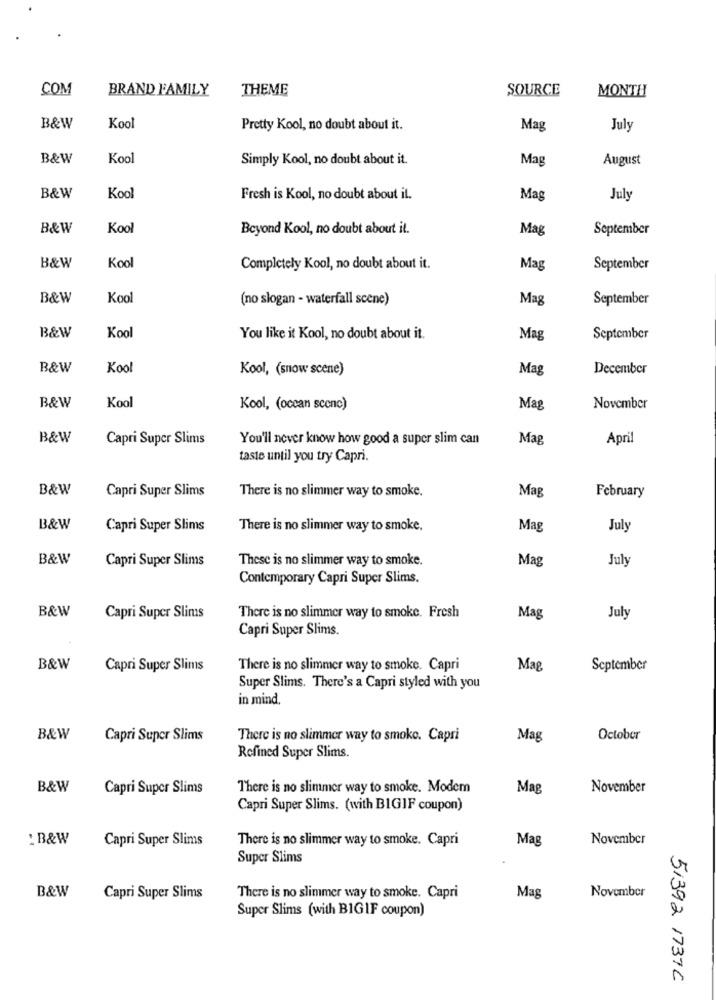
COM
BRAND FAMILY
THEME
SOURCE
MONTH
B&W
Kool
Pretty Kool, no doubt about it.
Mag
July
B&W
Kool
Simply Kool, no doubt about it.
Mag
August
B&W
Kool
Fresh is Kool, no doubt about it.
Mag
July
B&W
Kool
Beyond Kool, no doubt about it.
Mag
September
B&W
Kool
Completely Kool, no doubt about it.
Mag
September
B&W
Kool
(no slogan - waterfall scène)
Mag
September
B&W
Kool
You like it Kool, no doubt about it.
Mag
September
B&W
Kool
Kool, (snow scene)
Mag
December
B&W
Kool
Kool, (ocean sconc)
Mag
November
B&W
Capri Super Slims
You'll never know how good a super slim can
Mag
April
taste until you try Capri.
B&W
Capri Super Slims
There is no slimmer way to smoke.
Mag
February
B&W
Capri Super Slims
There is no slimmer way to smoke.
Mag
July
B&W
Capri Super Slims
These is no slimmer way to smoke.
Mag
July
Contemporary Capri Super Slims.
B&W
Capri Super Slims
There is no slimmer way to smoke. Fresh
Mag
July
Capri Super Slims.
B&W
Capri Super Slims
There is no slimmer way to smoke. Capri
Mag
September
Super Slims. There's a Capri styled with you
in mind.
B&W
Capri Super Slims
There is no slimmer way to smoke. Capri
Mag
October
Refined Super Slims.
B&W
Capri Super Slims
There is no slimmer way to smoke. Modem
Mag
November
Capri Super Slims. (with BIGIF coupon)
:B&W
Capri Super Slims
There is no slimmer way to smoke. Capri
Mag
November
Super Slims
B&W
Capri Super Slims
There is no slimmer way to smoke. Capri
Mag
November
Super Slims (with BIGIF coupon)
51392 17376